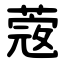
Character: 蔲